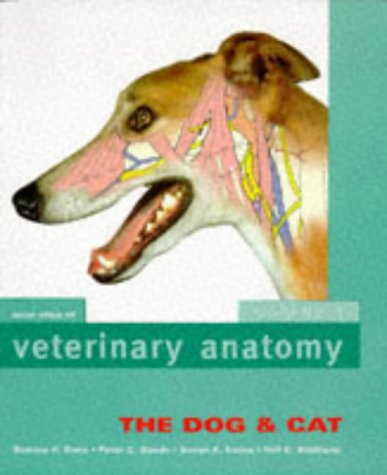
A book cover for Color Atlas Of Veterinary Anatomy: Volume 3, The Dog And Cat, 1e; Stanley H. Done BA  BVetMed  PhD  DECPHM  DECVP  FRCVS  FRCPath; Medical Books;